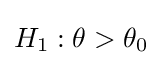
H_{1}:\theta >\theta _{0}